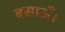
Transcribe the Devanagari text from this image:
बसाऊँ।